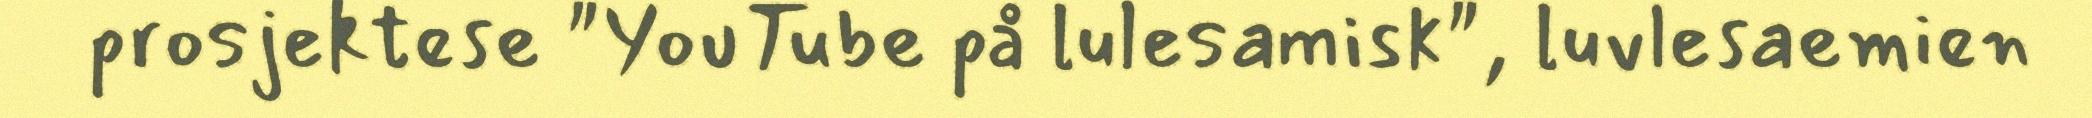
prosjektese "YouTube på lulesamisk", luvlesaemien